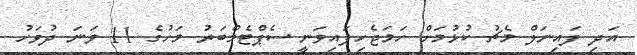
އަދި ފައިނަލް މެޗު ކުޅުމަށް ހަމަޖެހިފައިވަނީ ސެޕްޓެމްބަރު މަހުގެ 11 ވަނަ ދުވަހު